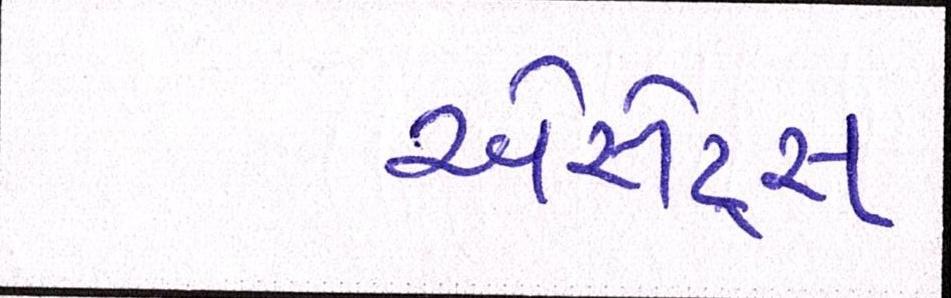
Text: એસેટ્સ